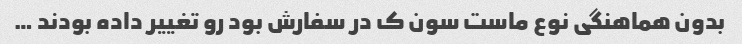
بدون هماهنگی نوع ماست سون ک در سفارش بود رو تغییر داده بودند …